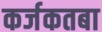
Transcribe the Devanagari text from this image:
कर्जकतबा